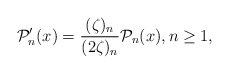
\begin{align*}\mathcal{P}'_{n}(x)=\dfrac{(\zeta)_n}{(2\zeta)_n}\mathcal{P}_{n}(x), n \geq 1,\end{align*}